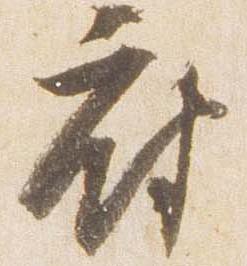
府